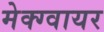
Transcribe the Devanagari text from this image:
मेक्ग्वायर